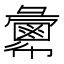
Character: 𢑷